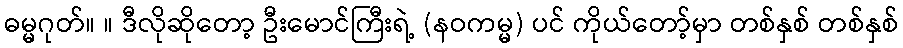
ဓမ္မဂုတ်။ ။ ဒီလိုဆိုတော့ ဦးမောင်ကြီးရဲ့ (နဝကမ္မ) ပင် ကိုယ်တော့်မှာ တစ်နှစ် တစ်နှစ်